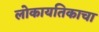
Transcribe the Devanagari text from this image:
लोकायतिकाचा